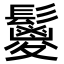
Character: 𩯣